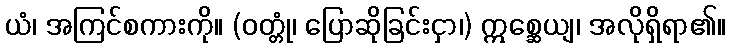
ယံ၊ အကြင်စကားကို။ (ဝတ္တုံ၊ ပြောဆိုခြင်းငှာ၊) ဣစ္ဆေယျ၊ အလိုရှိရာ၏။